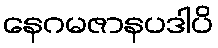
နေဂမဇာနပဒါပိ